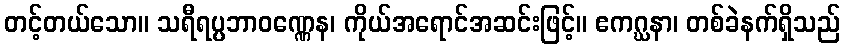
တင့်တယ်သော။ သရီရပ္ပဘာဝဏ္ဏေန၊ ကိုယ်အရောင်အဆင်းဖြင့်။ ဧကဂ္ဃနာ၊ တစ်ခဲနက်ရှိသည်